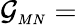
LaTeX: {\cal G}_{\scriptscriptstyle MN}=